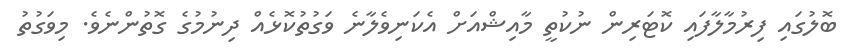
ބޮލުގައި ފިރުމާލާފައި ކޮޓަރިން ނުކުތީ މާއިޝްއަށް އެކަނިވެލާނެ ވަގުތުކޮޅެއް ދިނުމުގެ ގޮތުންނެވެ. މިވަގުތު